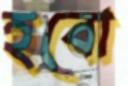
হবো